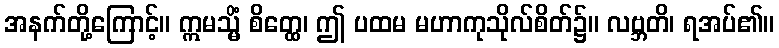
အနက်တို့ကြောင့်။ ဣမသ္မိံ စိတ္ထေ၊ ဤ ပထမ မဟာကုသိုလ်စိတ်၌။ လဗ္ဘတိ၊ ရအပ်၏။